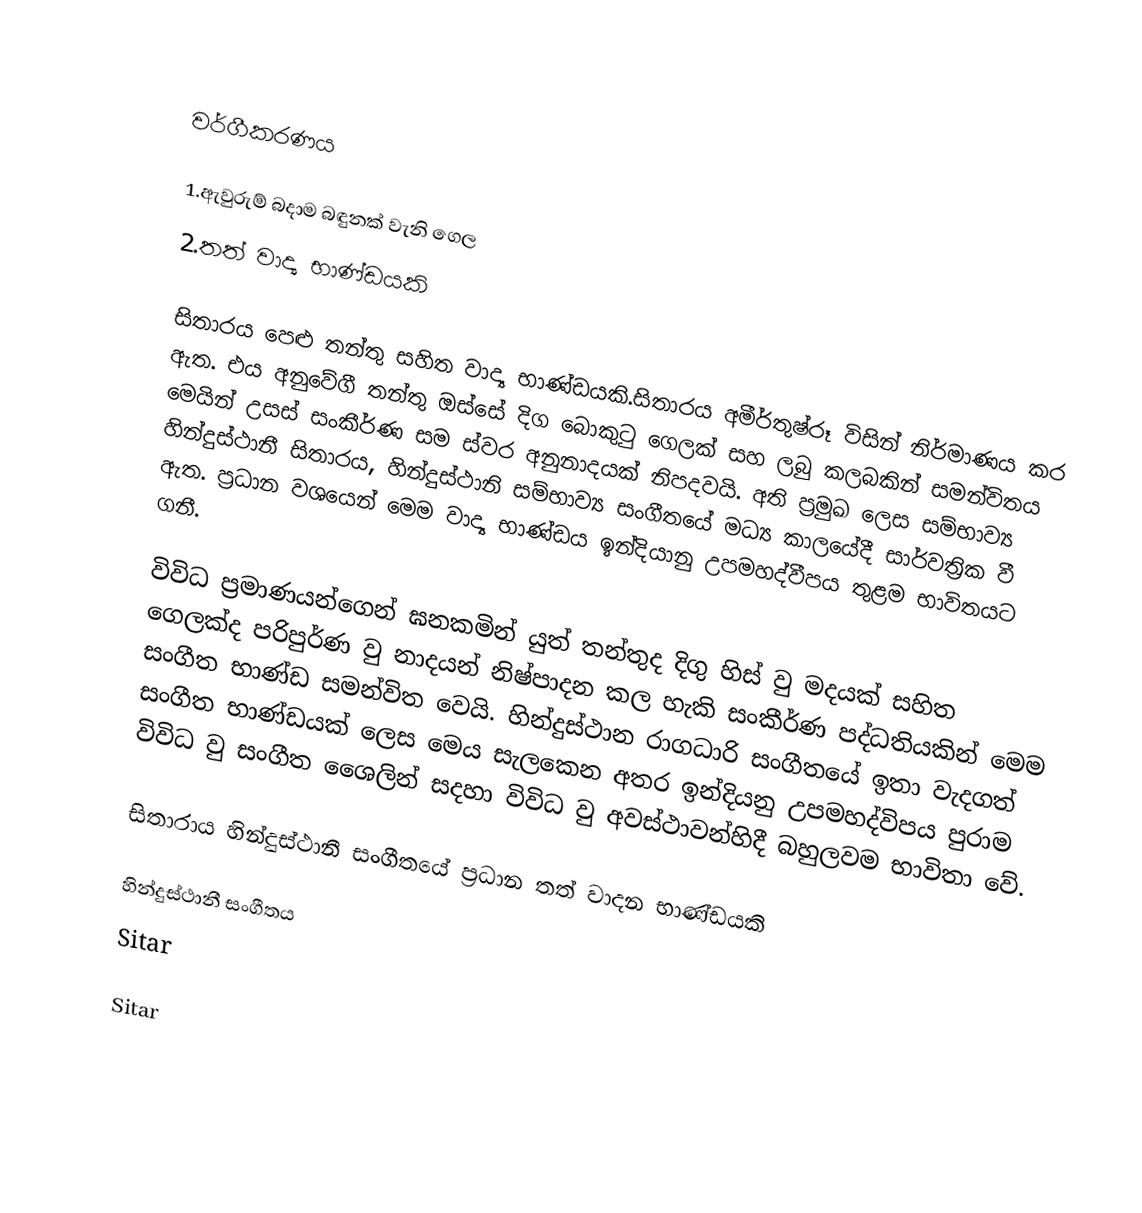

වර්ගීකරණය

1.ඇවුරුම් බදාම බඳුනක් වැනි ‍ගෙල
2.තත් වාද්‍ය භාණ්ඩයකි

සිතාරය පෙළු තන්තු සහිත වාද්‍ය භාණ්ඩයකි.සිතාරය අමීර්තුෂ්රූ විසින් නිර්මාණය කර ඇත. එය අනුවේගී තන්තු ඔස්සේ දිග බොකුටු ගෙලක් සහ ලබු කලබකින් සමන්විතය මෙයින් උසස් සංකීර්ණ සම ස්වර අනුනාදයක් නිපදවයි. අති ප්‍රමුඛ ලෙස සම්භාව්‍ය හින්දුස්ථානී සිතාරය, හින්දුස්ථානි සම්භාව්‍ය සංගීතයේ මධ්‍ය කාලයේදී සාර්වත්‍රික වී ඇත. ප්‍රධාන වශයෙන් මෙම වාද්‍ය භාණ්ඩය ඉන්දියානු උපමහද්වීපය තුළම භාවිතයට ගනී.

විවිධ ප්‍රමාණයන්ගෙන් ඝනකමින් යුත් තන්තුද දිගු හිස් වු මදයක් සහිත ගෙලක්ද පරිපුර්ණ වු නාදයන් නිෂ්පාදන කල හැකි සංකීර්ණ පද්ධතියකින් මෙම සංගීත භාණ්ඩ සමන්විත වෙයි. හින්දුස්ථාන රාගධාරි සංගීතයේ ඉතා වැදගත් සංගීත භාණ්ඩයක් ලෙස මෙය සැලකෙන අතර ඉන්දියනු උපමහද්විපය පුරාම විවිධ වු සංගීත ශෛලින් සදහා විවිධ වු අවස්ථාවන්හිදී බහුලවම භාවිතා වේ.

සිතාරාය හින්දුස්ථානී සංගීතයේ ප්‍රධාන තත් වාදන භාණ්ඩයකි

හින්දුස්ථානී සංගීතය
Sitar

Sitar